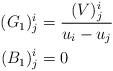
LaTeX: \begin{align*} \begin{aligned} (G_{1})^{i}_{j}&=\frac{(V)^{i}_{j}}{u_{i}-u_{j}}\\ (B_{1})^{i}_{j}&=0 \end{aligned} \end{align*}